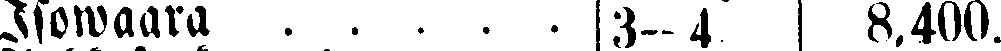
Isowaara . . . . . |3-4 | 8,400.